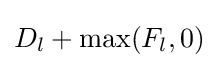
D_{l}+\max(F_{l},0)